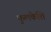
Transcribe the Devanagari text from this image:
फुलकेशि